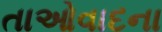
તાઓવાદના